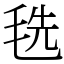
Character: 毨